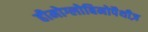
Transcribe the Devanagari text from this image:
हीमोग्लोबिनोपैथीज़